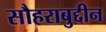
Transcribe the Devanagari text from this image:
सौहराबुद्दीन